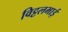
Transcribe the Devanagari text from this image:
विट्टलभाई